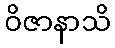
ဝိဇာနာသိ